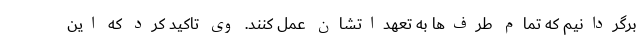
برگردانیم که تمام طرف‌ها به تعهداتشان عمل کنند. وی تاکید کرد که این